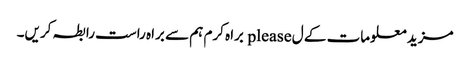
مزید معلومات کے ل please براہ کرم ہم سے براہ راست رابطہ کریں۔